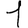
Digit: 1